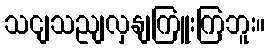
သငျသညျလှနျကြူးကြဘူး။